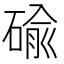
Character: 䃋